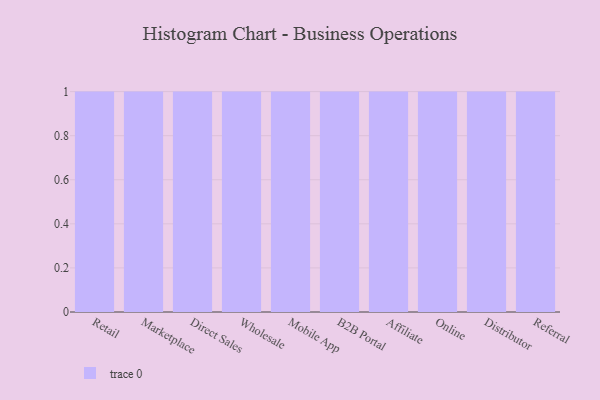
{"axis": {"x": "Channel", "y": "Production Output"}, "legend": [""], "data": [{"x": "Retail", "y": 86, "type": ""}, {"x": "Marketplace", "y": 43, "type": ""}, {"x": "Direct Sales", "y": 39, "type": ""}, {"x": "Wholesale", "y": 48, "type": ""}, {"x": "Mobile App", "y": 50, "type": ""}, {"x": "B2B Portal", "y": 77, "type": ""}, {"x": "Affiliate", "y": 31, "type": ""}, {"x": "Online", "y": 68, "type": ""}, {"x": "Distributor", "y": 22, "type": ""}, {"x": "Referral", "y": 89, "type": ""}]}